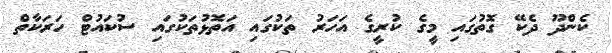
ކެންދޫ ދެކޭ ގޮތުގައި މީގެ ކުރީގެ އަހަރު ތަކުގައި އަތޮޅުތަކުގައި ސުކައުޓް ހަރަކާތް